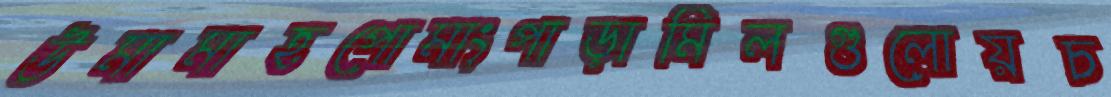
উমামাহপোমাংপাড়ামিলগুলোয়চ